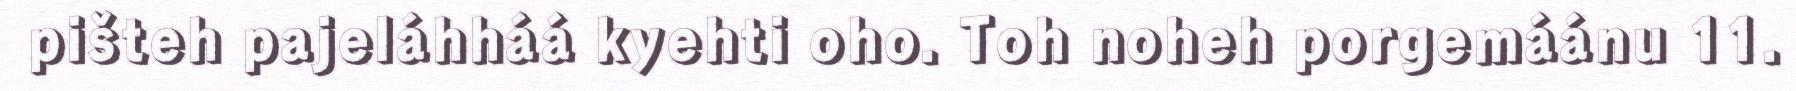
pišteh pajeláhháá kyehti oho. Toh noheh porgemáánu 11.